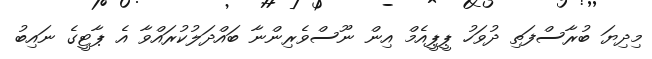
މިދިޔަ ބުރާސްފަތި ދުވަހު ޕީޕީއެމް އިން ނޫސްވެރިންނާ ބައްދަލުކުރައްވާ އެ ޕާޓީގެ ނައިބު